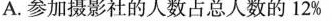
A.参加摄影社的人数占总人数的12%